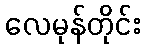
လေမုန်တိုင်း